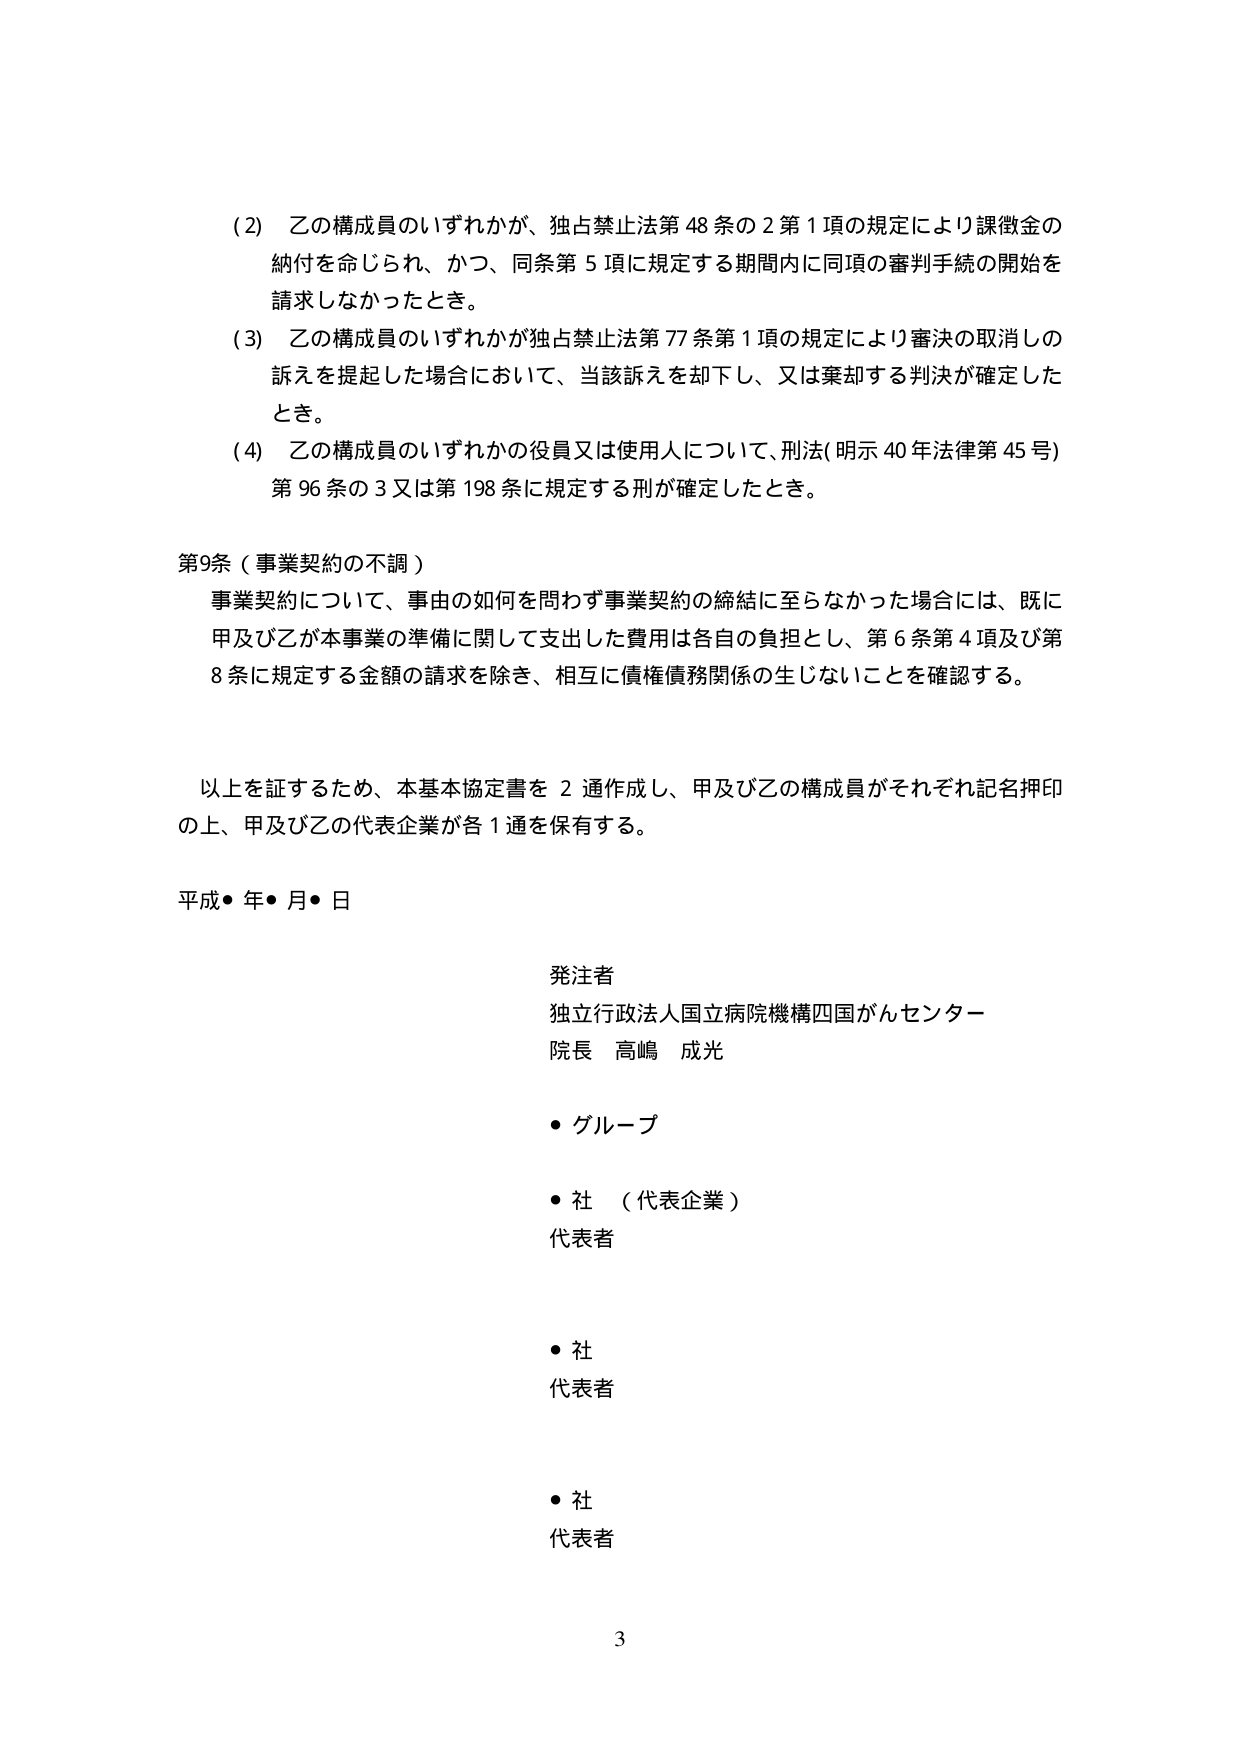
(2) 乙の構成員のいずれかが、独占禁止法第48条の2第1項の規定により課徴金の納付を命じられ、かつ、同条第5項に規定する期間内に同項の審判手続の開始を請求しなかったとき。

(3) 乙の構成員のいずれかが独占禁止法第77条第1項の規定により審決の取消しの訴えを提起した場合において、当該訴えを却下し、又は棄却する判決が確定したとき。

(4) 乙の構成員のいずれかの役員又は使用人について、刑法（明示40年法律第45号）第96条の3又は第198条に規定する刑が確定したとき。

第9条（事業契約の不調）
事業契約について、事由の如何を問わず事業契約の締結に至らなかった場合には、既に甲及び乙が本事業の準備に関して支出した費用は各自の負担とし、第6条第4項及び第8条に規定する金額の請求を除き、相互に債権債務関係の生じないことを確認する。

以上を証するため、本基本協定書を2通作成し、甲及び乙の構成員がそれぞれ記名押印の上、甲及び乙の代表企業が各1通を保有する。

平成●年●月●日

発注者
独立行政法人国立病院機構四国がんセンター
院長 高嶋 成光

・グループ

・社（代表企業）
代表者

・社
代表者

・社
代表者

3